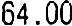
64.00